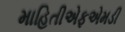
માહિતીએફએમડી